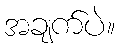
အချက်ပဲ။